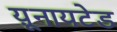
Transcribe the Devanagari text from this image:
य़ूनायटेड